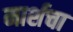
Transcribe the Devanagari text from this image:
मार्शचा